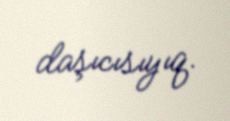
daşıcısıyıq.